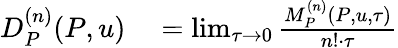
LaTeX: \begin{array}{rl}{D_{P}^{(n)}(P,u)}&{{}=\operatorname*{lim}_{\tau\rightarrow 0}\frac{M_{P}^{(n)}(P,u,\tau)}{n!\cdot\tau}}\end{array}